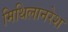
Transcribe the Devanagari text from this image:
मिथिलानरेश